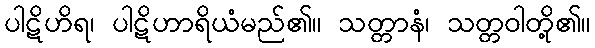
ပါဋိဟိရ၊ ပါဋိဟာရိယံမည်၏။ သတ္တာနံ၊ သတ္တဝါတို့၏။